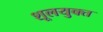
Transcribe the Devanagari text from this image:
शूलयुक्त